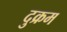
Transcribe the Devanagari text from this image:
दुक्रम